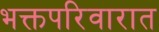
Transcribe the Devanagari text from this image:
भक्तपरिवारात